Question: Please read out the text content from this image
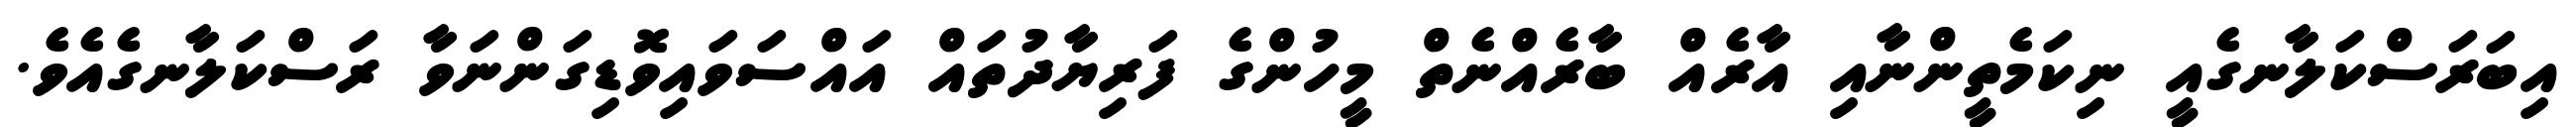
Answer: އިބަރަސްކަލާނގެއީ ނިކަމެތީންނާއި އާރެއް ބާރެއްނެތް މީހުންގެ ފަރިޔާދުތައް އައްސަވައިވޮޑިގަންނަވާ ރަސްކަލާނގެއެވެ.